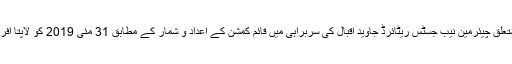
لاپتا افراد کی بازیابی سے متعلق چیئرمین نیب جسٹس ریٹائرڈ جاوید اقبال کی سربراہی میں قائم کمشن کے اعداد و شمار کے مطابق 31 مئی 2019 کو لاپتا افراد کی کل تعداد 2277 تھی۔